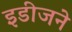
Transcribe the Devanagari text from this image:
इडीजने